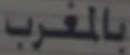
بالمغرب